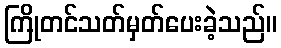
ကြိုတင်သတ်မှတ်ပေးခဲ့သည်။